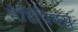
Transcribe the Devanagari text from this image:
मेडिपिक्स